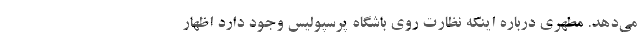
می‌دهد. مطهری درباره اینکه نظارت روی باشگاه پرسپولیس وجود دارد اظهار